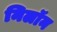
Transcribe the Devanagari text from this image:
निलॉन